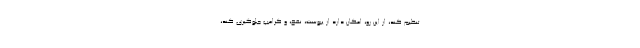
تنظیم کند، از این رو، امکان دارد از یبوست، نفخ، و کرامپ جلوگیری کند،